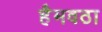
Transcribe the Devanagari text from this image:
हैमवठा